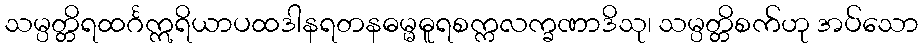
သမ္ပတ္တိရထင်္ဂဣရိယာပထဒါနရတနဓမ္မဓူရစက္ကလက္ခဏာဒိသု၊ သမ္ပတ္တိစက်ဟု အပ်သော